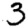
Digit: 3